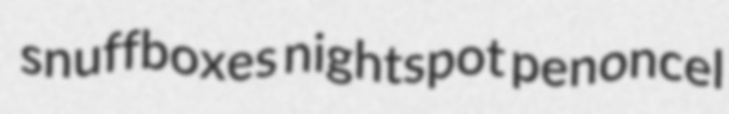
snuffboxes nightspot penoncel